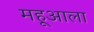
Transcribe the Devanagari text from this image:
महूआला